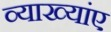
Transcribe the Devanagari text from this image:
व्याख्यांए